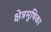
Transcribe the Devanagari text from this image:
क्षेत्रमूषिका